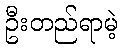
ဦးတည်ရာမဲ့